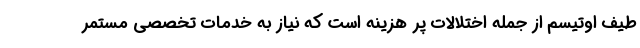
طیف اوتیسم از جمله اختلالات پر هزینه است که نیاز به خدمات تخصصی مستمر